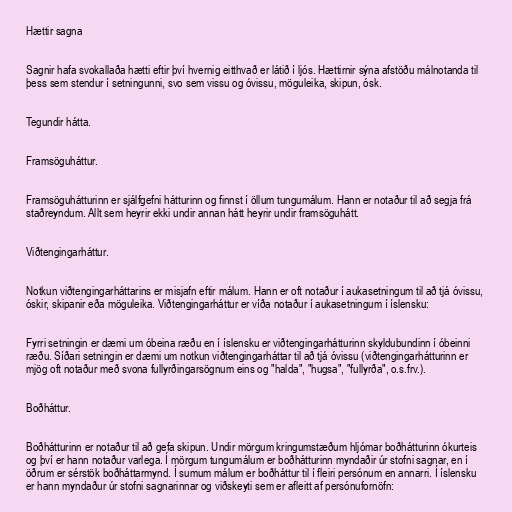
Hættir sagna

Sagnir hafa svokallaða hætti eftir því hvernig eitthvað er látið í ljós. Hættirnir sýna afstöðu málnotanda til
þess sem stendur í setningunni, svo sem vissu og óvissu, möguleika, skipun, ósk.

Tegundir hátta.

Framsöguháttur.

Framsöguhátturinn er sjálfgefni hátturinn og finnst í öllum tungumálum. Hann er notaður til að segja frá
staðreyndum. Allt sem heyrir ekki undir annan hátt heyrir undir framsöguhátt.

Viðtengingarháttur.

Notkun viðtengingarháttarins er misjafn eftir málum. Hann er oft notaður í aukasetningum til að tjá óvissu,
óskir, skipanir eða möguleika. Viðtengingarháttur er víða notaður í aukasetningum í íslensku:

Fyrri setningin er dæmi um óbeina ræðu en í íslensku er viðtengingarhátturinn skyldubundinn í óbeinni
ræðu. Síðari setningin er dæmi um notkun viðtengingarháttar til að tjá óvissu (viðtengingarhátturinn er
mjög oft notaður með svona fullyrðingarsögnum eins og "halda", "hugsa", "fullyrða", o.s.frv.).

Boðháttur.

Boðhátturinn er notaður til að gefa skipun. Undir mörgum kringumstæðum hljómar boðhátturinn ókurteis
og því er hann notaður varlega. Í mörgum tungumálum er boðhátturinn myndaðir úr stofni sagnar, en í
öðrum er sérstök boðháttarmynd. Í sumum málum er boðháttur til í fleiri persónum en annarri. Í íslensku
er hann myndaður úr stofni sagnarinnar og viðskeyti sem er afleitt af persónufornöfn: